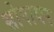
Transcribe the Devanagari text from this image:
सोगायर